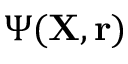
\Psi ( { \mathbf { X } } , { \mathbf { r } } )